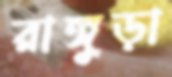
রাঙ্গুড়া